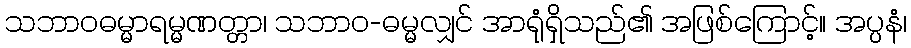
သဘာဝဓမ္မာရမ္မဏတ္တာ၊ သဘာဝ-ဓမ္မလျှင် အာရုံရှိသည်၏ အဖြစ်ကြောင့်။ အပ္ပနံ၊